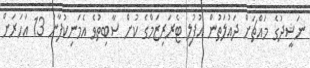
ނަޝީދުގެ މައްޗަށް ދައުލަތުން އުފުލި ޓެރަރިޒަމްގެ ކުށް ސާބިތުވެ އެމަނިކުފާނު 13 އަހަރަށް